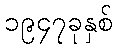
၁၉၄၇ခုနှစ်